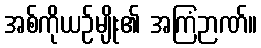
အစ်ကိုယဉ်မျိုး၏ အကြံဉာဏ်။